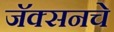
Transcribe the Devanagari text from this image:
जॅक्सनचे